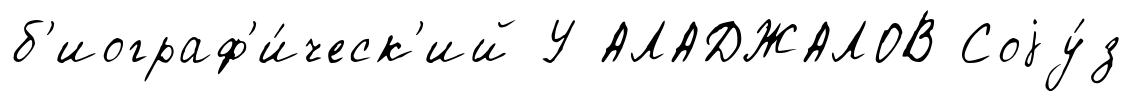
б'иограф'и́ческ'ий У АЛАДЖАЛОВ Соjу́з